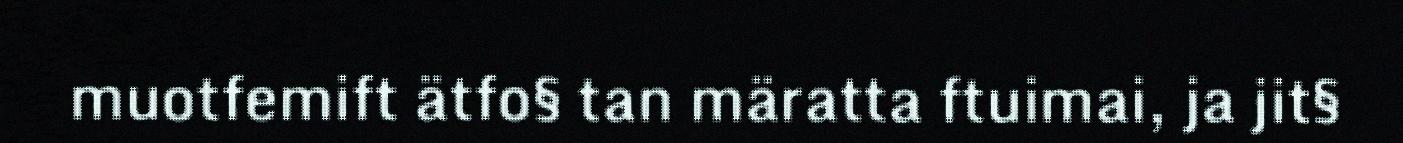
muotfemift ätfo§ tan märatta ftuimai, ja jit§